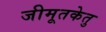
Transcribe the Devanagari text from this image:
जीमूतकेतु